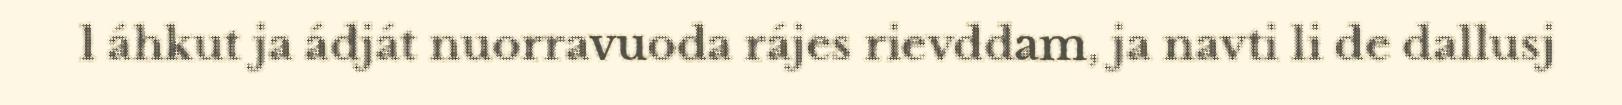
l áhkut ja ádját nuorravuoda rájes rievddam, ja navti li de dallusj